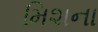
મિશના